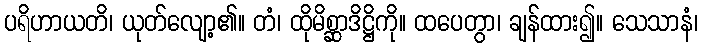
ပရိဟာယတိ၊ ယုတ်လျော့၏။ တံ၊ ထိုမိစ္ဆာဒိဋ္ဌိကို။ ထပေတွာ၊ ချန်ထား၍။ သေသာနံ၊